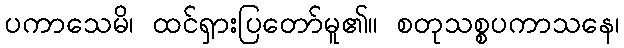
ပကာသေမိ၊ ထင်ရှားပြတော်မူ၏။ စတုသစ္စပကာသနေ၊